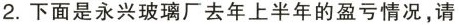
2. 下面是永兴玻璃厂去年上半年的盈亏情况，请